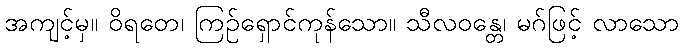
အကျင့်မှ။ ဝိရတေ၊ ကြဉ်ရှောင်ကုန်သော။ သီလဝန္တေ၊ မဂ်ဖြင့် လာသော